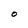
Character: O